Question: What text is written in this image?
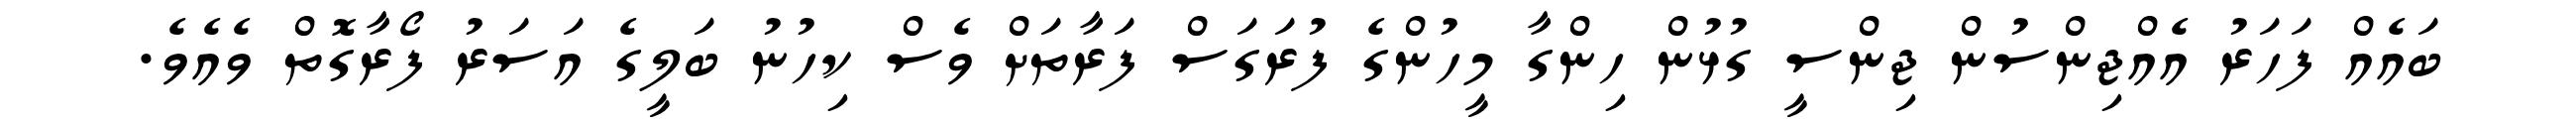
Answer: ބައެއް ފަހަރު އެއްޖިންސުން ޖިންސީ ގުޅުން ހިންގާ މީހުންގެ ފުރަގަސް ފަރާތަށް ވެސް ކިހުނު ބަލީގެ އަސަރު ފޯރާގޮތް ވެއެވެ.